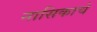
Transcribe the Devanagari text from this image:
नासिकाचे